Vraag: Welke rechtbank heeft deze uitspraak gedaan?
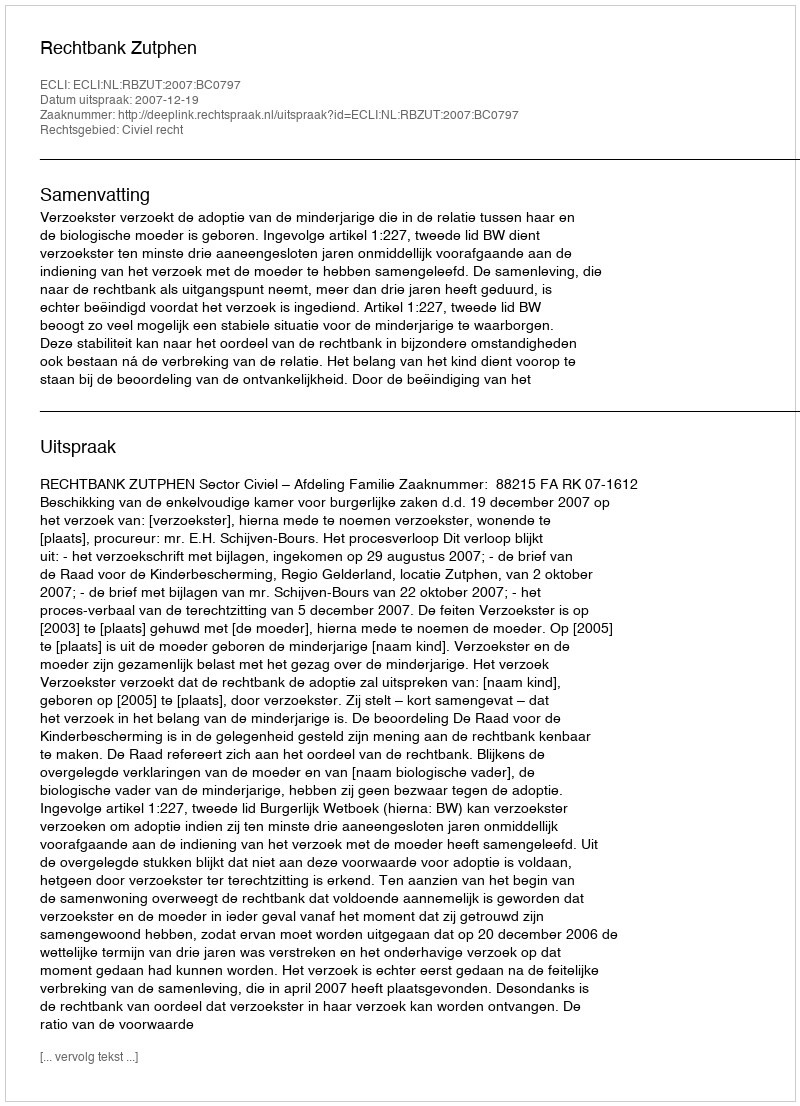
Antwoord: Rechtbank Zutphen